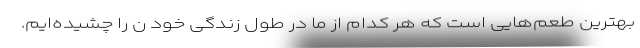
بهترین طعم‌هایی است که هر کدام از ما در طول زندگی خود ن را چشیده‌ایم.